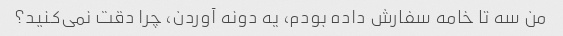
من سه تا خامه سفارش داده بودم، یه دونه آوردن، چرا دقت نمی‌کنید؟